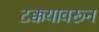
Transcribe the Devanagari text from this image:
टक्कयावरून